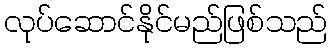
လုပ်ဆောင်နိုင်မည်ဖြစ်သည်